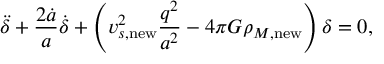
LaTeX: \ddot { \delta } + { \frac { 2 \dot { a } } { a } } \dot { \delta } + \left( v _ { s , \mathrm { n e w } } ^ { 2 } { \frac { q ^ { 2 } } { a ^ { 2 } } } - 4 \pi G \rho _ { M , \mathrm { n e w } } \right) \delta = 0 ,